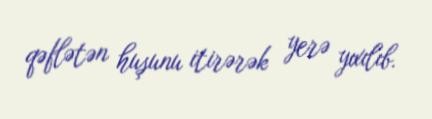
qəflətən huşunu itirərək yerə yıxılıb.